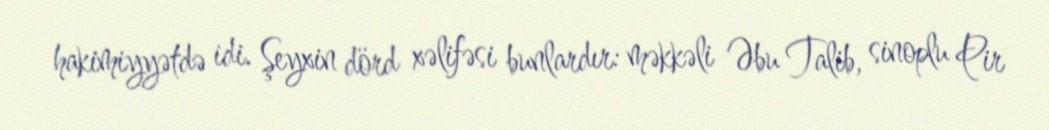
hakimiyyətdə idi. Şeyxin dörd xəlifəsi bunlardır: məkkəli Əbu Talib, sinoplu Pir